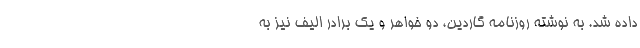
داده شد. به نوشته روزنامه گاردین، دو خواهر و یک برادر الیف نیز به